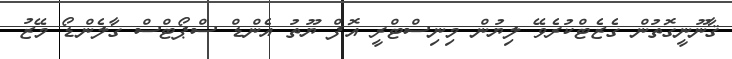
ޤާނޫނީގޮތުން ގެޒެޓްކުރެވޭ ލިޔުން މިނިސްޓްރީ އޮފް ޔޫތު އެންޑް ސްޕޯޓްސް ގާލެންޑޯ މޭޒު